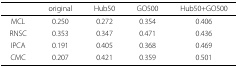
<table><thead><tr><td></td><td><b>original</b></td><td><b>Hub50</b></td><td><b>GO500</b></td><td><b>Hub50+GO500</b></td></tr></thead><tbody><tr><td>MCL</td><td>0.250</td><td>0.272</td><td>0.354</td><td>0.406</td></tr><tr><td>RNSC</td><td>0.353</td><td>0.347</td><td>0.471</td><td>0.436</td></tr><tr><td>IPCA</td><td>0.191</td><td>0.405</td><td>0.368</td><td>0.469</td></tr><tr><td>CMC</td><td>0.207</td><td>0.421</td><td>0.359</td><td>0.501</td></tr></tbody></table>